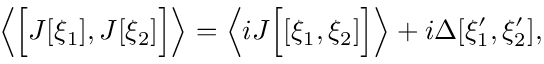
\left\langle \Bigl [ J [ \xi _ { 1 } ] , J [ \xi _ { 2 } ] \Bigr ] \right\rangle = \left\langle i J \Bigl [ [ \xi _ { 1 } , \xi _ { 2 } ] \Bigr ] \right\rangle + i \Delta [ \xi _ { 1 } ^ { \prime } , \xi _ { 2 } ^ { \prime } ] ,